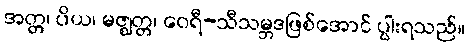
အတ္တ၊ ပိယ၊ မဇ္ဈတ္တ၊ ဝေရီ-သီသမ္ဘဒဖြစ်အောင် ပွါးရသည်။